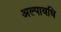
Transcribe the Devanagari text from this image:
अल्‍पावधि